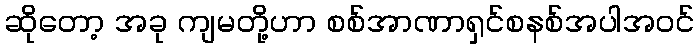
ဆိုတော့ အခု ကျမတို့ဟာ စစ်အာဏာရှင်စနစ်အပါအဝင်